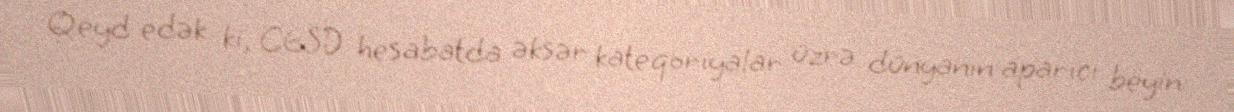
Qeyd edək ki, CESD hesabatda əksər kateqoriyalar üzrə dünyanın aparıcı beyin